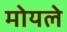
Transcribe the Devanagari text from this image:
मोयले